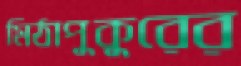
মিঠাপুকুরের